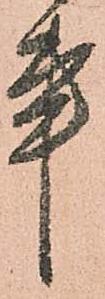
事